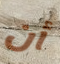
أن